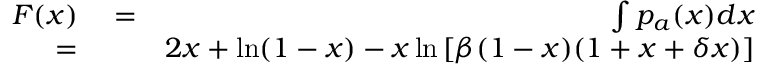
\begin{array} { r l r } { F ( x ) } & { { } = } & { \int { { p _ { a } } ( x ) d x } } \\ { = } & { { } } & { 2 x + \ln ( { 1 - x } ) - x \ln \left[ { \beta ( { 1 - x } ) ( { 1 + x + \delta x } ) } \right] } \end{array}